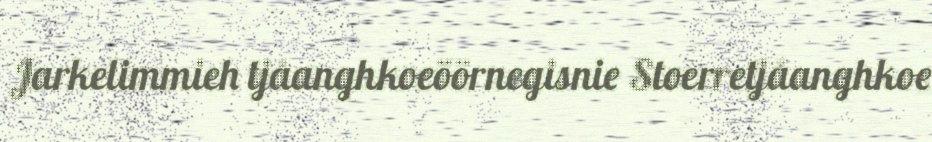
Jarkelimmieh tjåanghkoeöörnegisnie Stoerretjåanghkoe